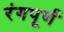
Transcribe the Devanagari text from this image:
रंगपूर्ण